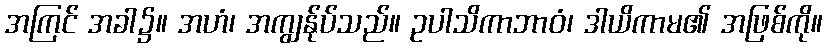
အကြင် အခါ၌။ အဟံ၊ အကျွန်ုပ်သည်။ ဥပါသိကာဘာဝံ၊ ဒါယိကာမ၏ အဖြစ်ကို။